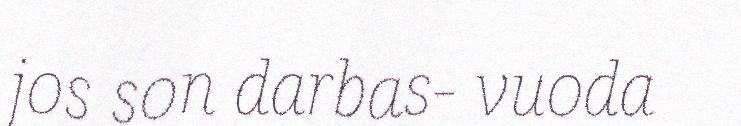
jos son darbas- vuoda